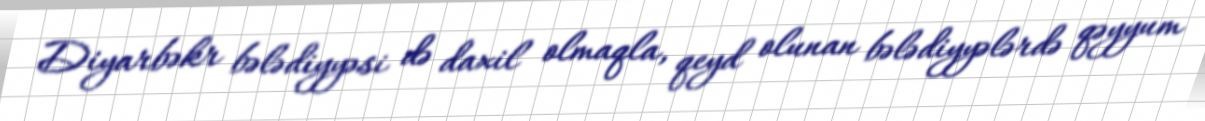
Diyarbəkr bələdiyyəsi də daxil olmaqla, qeyd olunan bələdiyyələrdə qəyyum